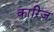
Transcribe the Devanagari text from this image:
कारिज